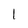
Character: I